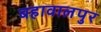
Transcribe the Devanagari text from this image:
बहावालपुर